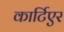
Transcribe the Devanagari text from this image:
कार्टिएर